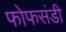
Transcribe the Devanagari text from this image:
फोफसंडी